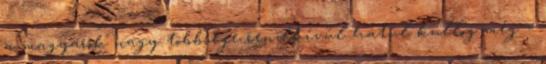
a magyarok nagy többsége rendkívűl hátul kullog még –